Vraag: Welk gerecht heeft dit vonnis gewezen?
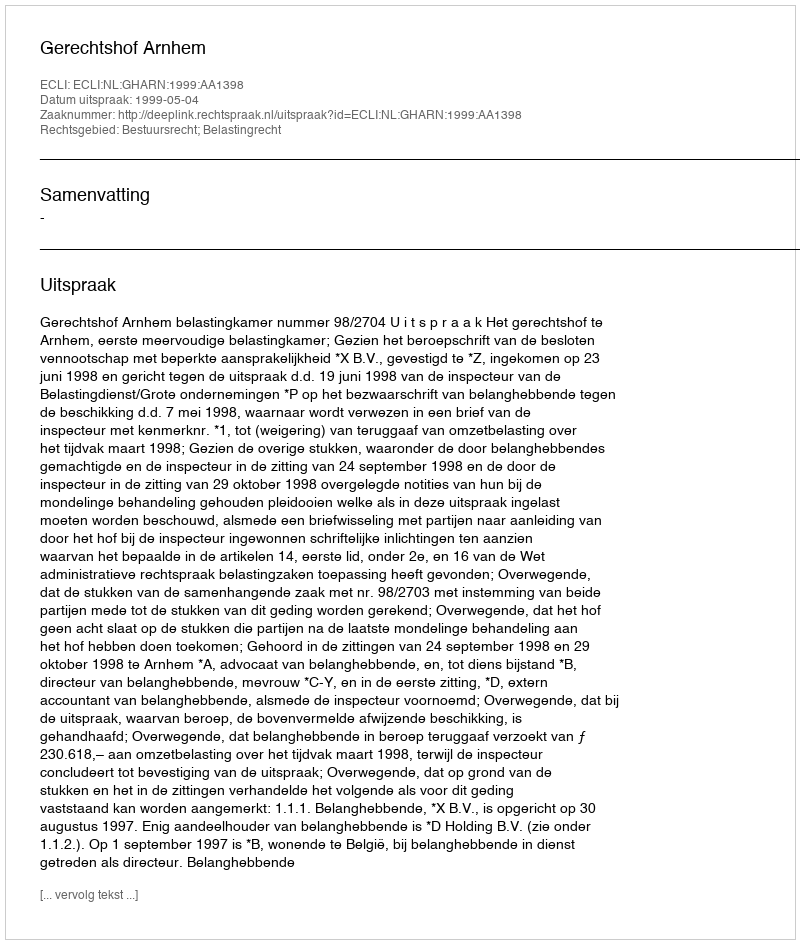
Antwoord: Gerechtshof Arnhem